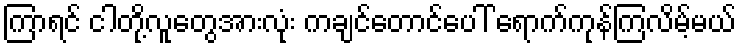
ကြာရင် ငါတို့လူတွေအားလုံး ကချင်တောင်ပေါ် ရောက်ကုန်ကြလိမ့်မယ်